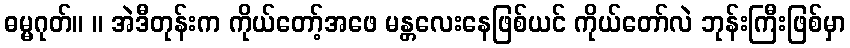
ဓမ္မဂုတ်။ ။ အဲဒီတုန်းက ကိုယ်တော့်အဖေ မန္တလေးနေဖြစ်ယင် ကိုယ်တော်လဲ ဘုန်းကြီးဖြစ်မှာ